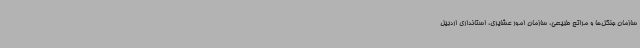
سازمان جنگل‌ها و مراتع طبیعی، سازمان امور عشایری، استانداری اردبیل